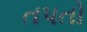
તપતો